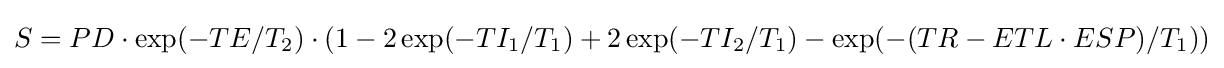
S=PD\cdot \exp(-TE/T_{2})\cdot (1-2\exp(-TI_{1}/T_{1})+2\exp(-TI_{2}/T_{1})-\exp(-(TR-ETL\cdot ESP)/T_{1}))